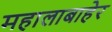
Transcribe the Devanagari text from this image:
महालाबाहेर